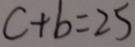
c + b = 2 5